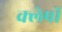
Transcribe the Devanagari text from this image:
क्लेषों